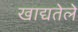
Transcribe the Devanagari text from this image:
खाद्यतेले